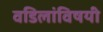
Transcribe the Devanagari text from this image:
वडिलांविषयी